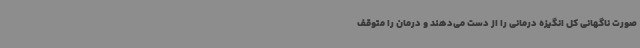
صورت ناگهانی کل انگیزه درمانی را از دست می‌دهند و درمان را متوقف